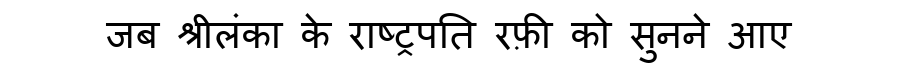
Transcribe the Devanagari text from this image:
जब श्रीलंका के राष्ट्रपति रफ़ी को सुनने आए